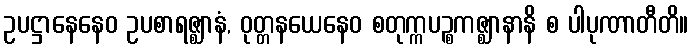
ဥပဋ္ဌာနေနေဝ ဥပစာရဇ္ဈာနံ, ဝုတ္တနယေနေဝ စတုက္ကပဉ္စကဇ္ဈာနာနိ စ ပါပုဏာတီတိ။